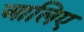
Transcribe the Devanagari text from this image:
आलिए